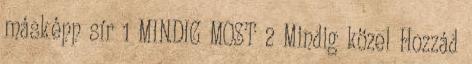
másképp sír 1 MINDIG MOST 2 Mindig közel Hozzád